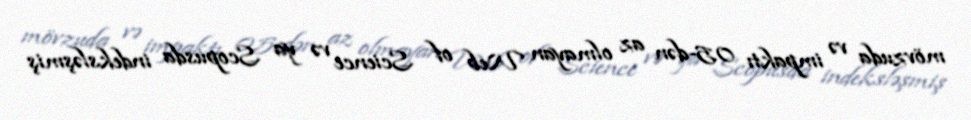
mövzuda və impaktı 0.5-dən az olmayan Web of Science və ya Scopusda indeksləşmiş